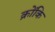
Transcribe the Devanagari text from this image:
क्रोंकि